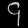
Digit: ၄